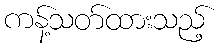
ကန့်သတ်ထားသည့်